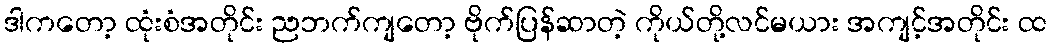
ဒါကတော့ ထုံးစံအတိုင်း ညဘက်ကျတော့ ဗိုက်ပြန်ဆာတဲ့ ကိုယ်တို့လင်မယား အကျင့်အတိုင်း ထ